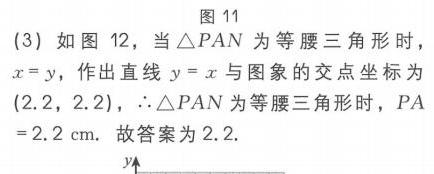
(3) 如图 12，当\(\triangle PAN\)为等腰三角形时，
\(x = y\)，作出直线 \(y = x\) 与图象的交点坐标为 \((2.2,2.2)\)，\(\therefore\triangle PAN\) 为等腰三角形时，\(PA = 2.2\mathrm{cm}\). 故答案为 \(2.2\).
\(y\uparrow\)